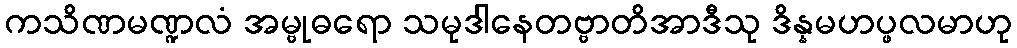
ကသိဏမဏ္ဍလံ အမ္ဗုဓရော သမုဒါနေတဗ္ဗာတိအာဒီသု ဒိန္နမဟပ္ဖလမာဟု